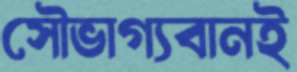
সৌভাগ্যবানই